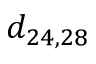
d _ { 2 4 , 2 8 }